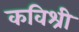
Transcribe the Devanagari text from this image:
कविश्री